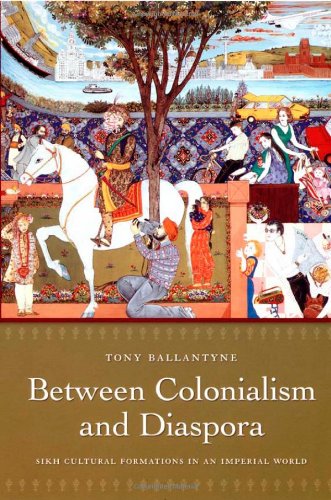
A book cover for Between Colonialism and Diaspora: Sikh Cultural Formations in an Imperial World; Tony Ballantyne; Religion & Spirituality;